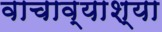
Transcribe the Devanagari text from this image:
वाचाव्याश्या